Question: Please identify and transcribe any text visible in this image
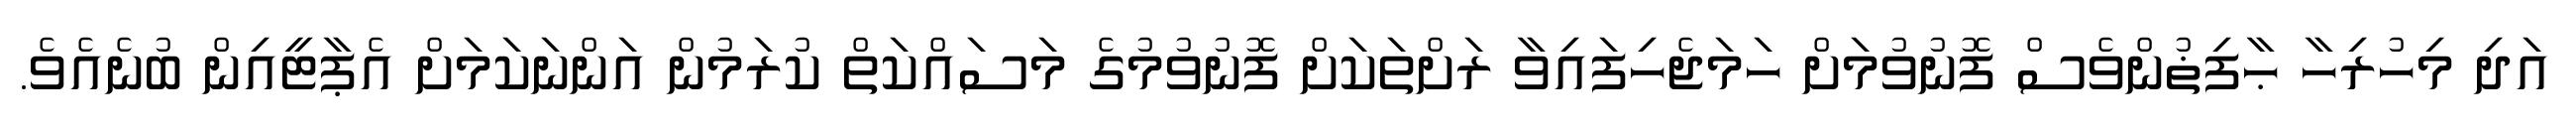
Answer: އަދި މިހުރިހާ ޙާފިޡުންވެސް ފޮނުވުމަށް ހަމަޖެހިފައިވާ ރަށްތަކަށް ފޮނުވުމުގެ މަސައްކަތް ކުރަމުން އަންނަކަމަށް އެޕާޓީއިން ބުނެއެވެ.